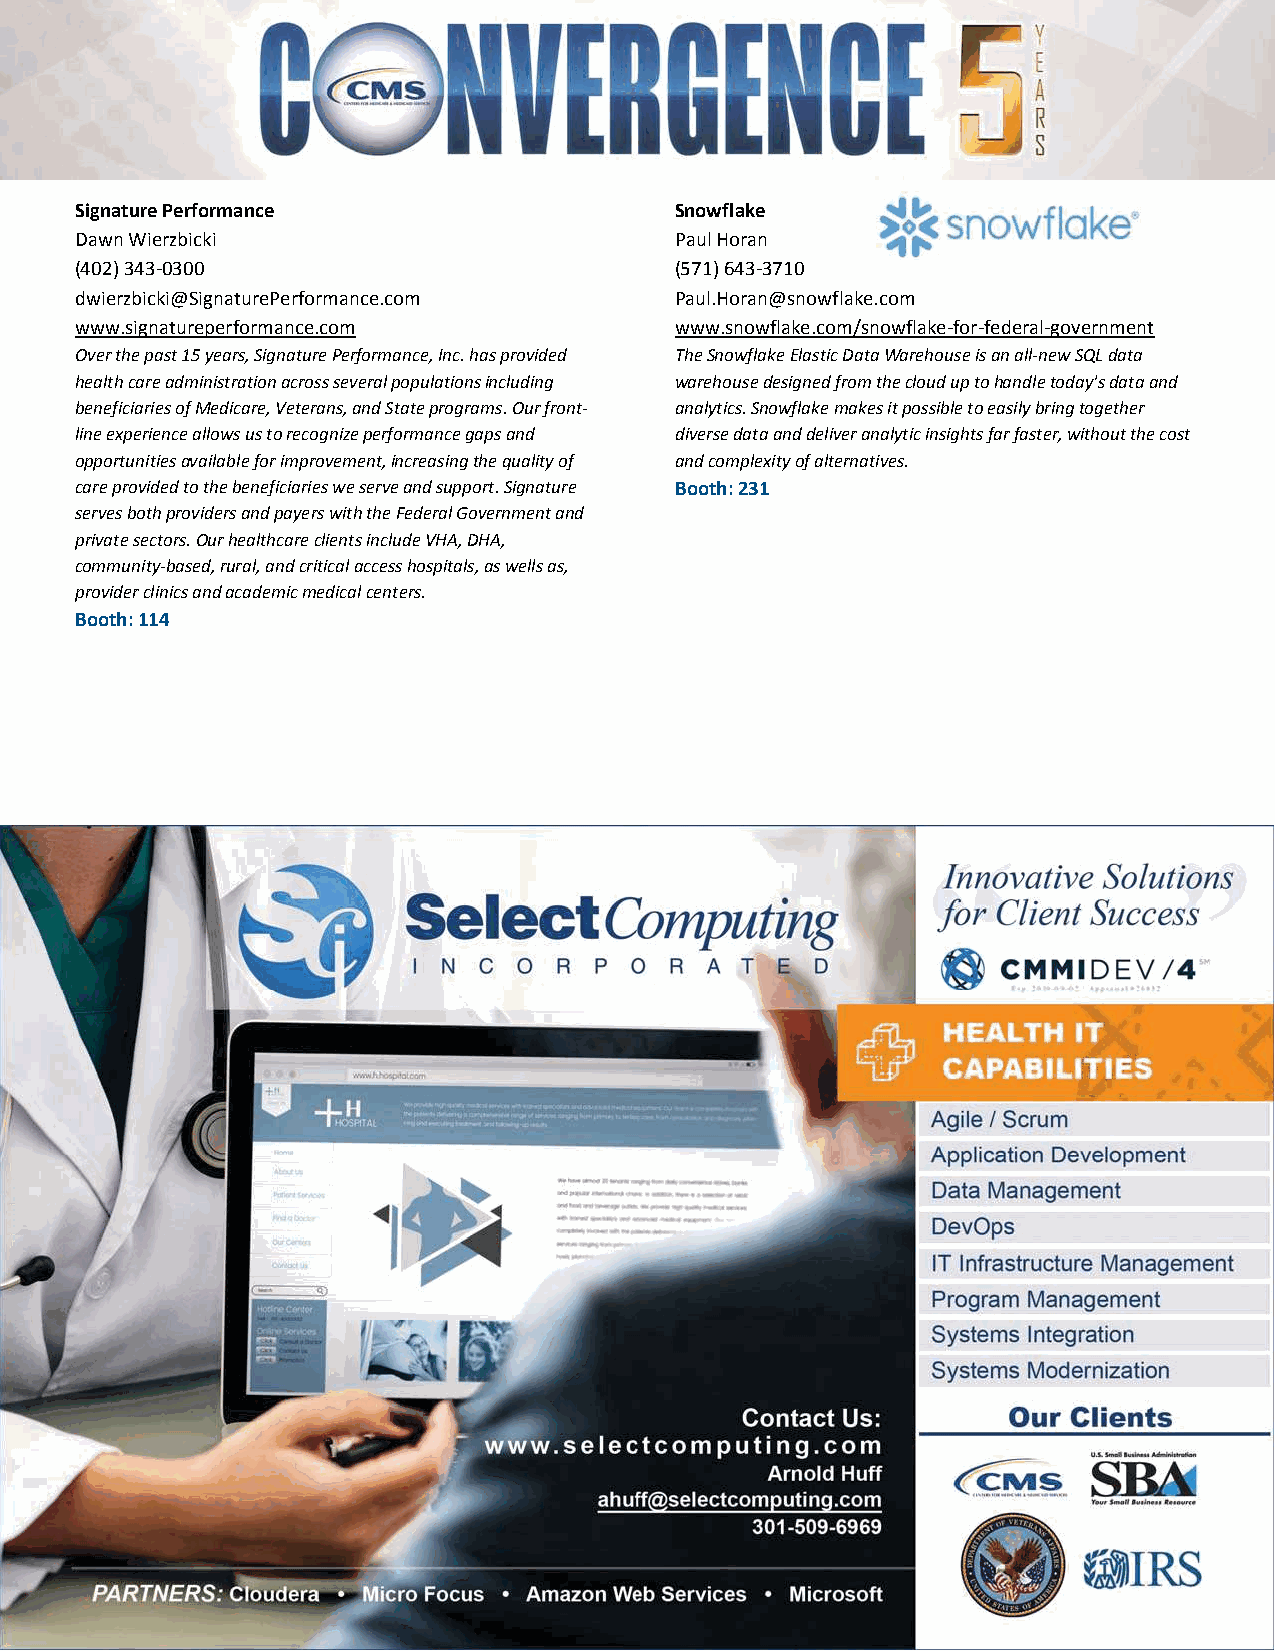
Signature Performance                   Snowflake
 Dawn Wierzbicki                         Paul Horan
 (402) 343‐0300                          (571) 643‐3710
 dwierzbicki@SignaturePerformance.com    Paul.Horan@snowflake.com
 www.signatureperformance.com            www.snowflake.com/snowflake‐for‐federal‐government
 Over the past 15 years, Signature Performance, Inc. has provided The Snowflake Elastic Data Warehouse is an all‐new SQL data
 health care administration across several populations including warehouse designed from the cloud up to handle today's data and
 beneficiaries of Medicare, Veterans, and State programs. Our front‐ analytics. Snowflake makes it possible to easily bring together
 line experience allows us to recognize performance gaps and diverse data and deliver analytic insights far faster, without the cost
 opportunities available for improvement, increasing the quality of and complexity of alternatives.
 care provided to the beneficiaries we serve and support. Signature Booth: 231
 serves both providers and payers with the Federal Government and
 private sectors. Our healthcare clients include VHA, DHA,
 community‐based, rural, and critical access hospitals, as wells as,
 provider clinics and academic medical centers.
 Booth: 114
 Published as of: 8/2/19